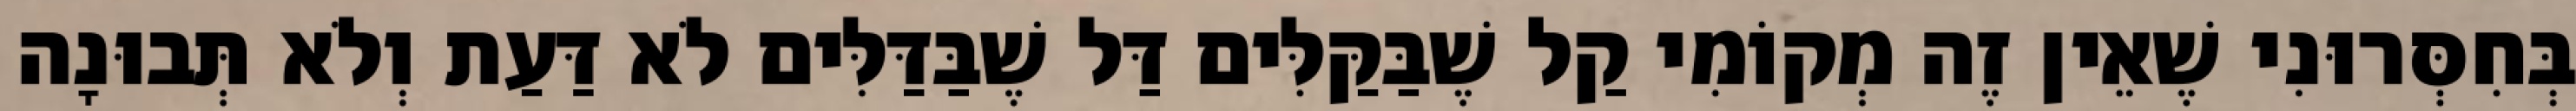
בְּחִסְּרוּנִי שֶׁאֵין זֶה מְקוֹמִי קַל שֶׁבַּקַּלִּים דַּל שֶׁבַּדַּלִּים לֹא דַּעַת וְלֹא תְּבוּנָה